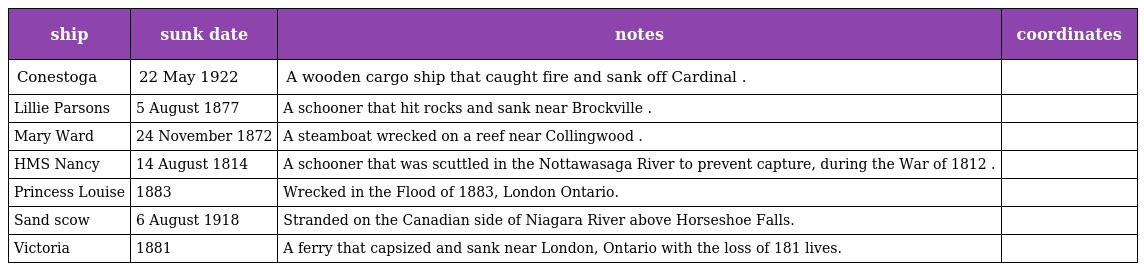
| ship | sunk date | notes | coordinates |
 | --- | --- | --- | --- |
 | Conestoga | 22 May 1922 | A wooden cargo ship that caught fire and sank off Cardinal . |  |
 | Lillie Parsons | 5 August 1877 | A schooner that hit rocks and sank near Brockville . |  |
 | Mary Ward | 24 November 1872 | A steamboat wrecked on a reef near Collingwood . |  |
 | HMS Nancy | 14 August 1814 | A schooner that was scuttled in the Nottawasaga River to prevent capture, during the War of 1812 . |  |
 | Princess Louise | 1883 | Wrecked in the Flood of 1883, London Ontario. |  |
 | Sand scow | 6 August 1918 | Stranded on the Canadian side of Niagara River above Horseshoe Falls. |  |
 | Victoria | 1881 | A ferry that capsized and sank near London, Ontario with the loss of 181 lives. |  |